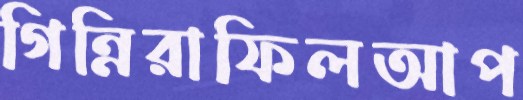
গিন্নিরাফিলআপ